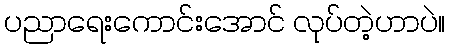
ပညာရေးကောင်းအောင် လုပ်တဲ့ဟာပဲ။